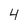
Character: 4